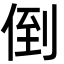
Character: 倒